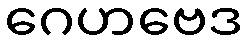
ဂေဟဗေဒ